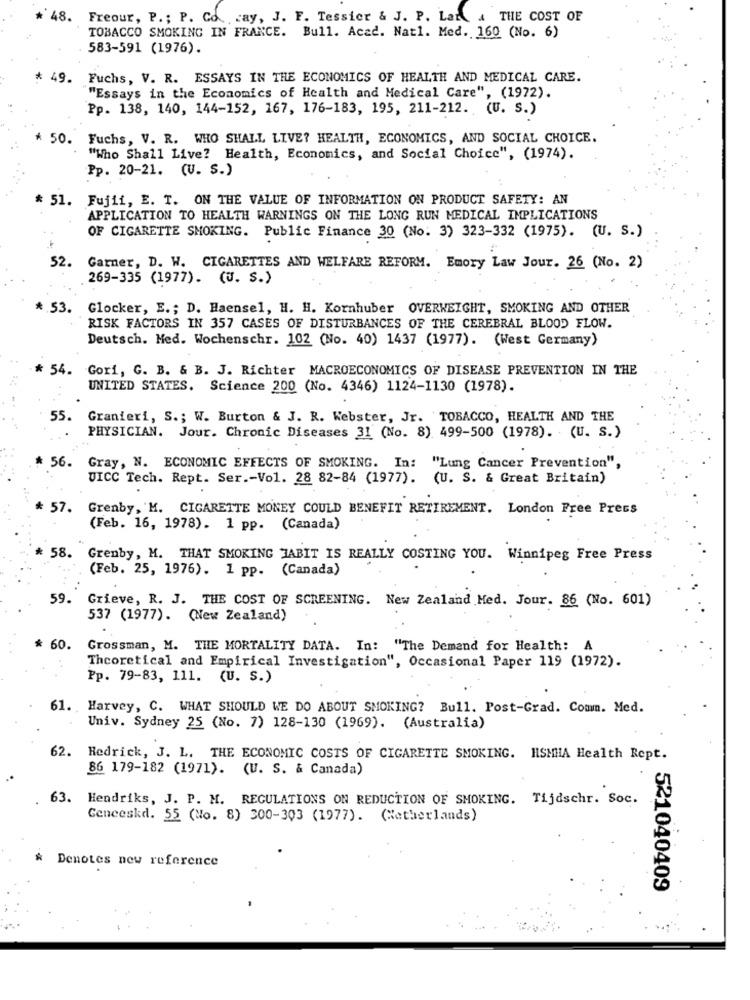
* 48. Freour, P .; P. Co ., cay, J. F. Tessier & J. P. Lar & THE COST OF
TOBACCO SMOKING IN FRANCE. Bull. Acad. Natl. Med. 160 (No. 6)
583-591 (1976).
* 49. Fuchs, V. R. ESSAYS IN THE ECONOMICS OF HEALTH AND MEDICAL CARE.
"Essays in the Economics of Health and Medical Care", (1972).
Pp. 138, 140, 144-152, 167, 176-183, 195, 211-212. (U. S.)
* 50. Fuchs, V. R. WHO SHALL LIVE? HEALTH, ECONOMICS, AND SOCIAL CHOICE.
"Who Shall Live? Health, Economics, and Social Choice", (1974).
Pp. 20-21. (U. S.)
51. Fujii, E. T. ON THE VALUE OF INFORMATION ON PRODUCT SAFETY: AN
APPLICATION TO HEALTH WARNINGS ON THE LONG RUN MEDICAL IMPLICATIONS
OF CIGARETTE SMOKING. Public Finance 30 (No. 3) 323-332 (1975). (U. S.)
52.
Garner, D. W. CIGARETTES AND WELFARE REFORM. Emory Law Jour. 26 (No. 2)
269-335 (1977). (J. S.)
* 53.
Glocker, E .; D. Haensel, H. H. Kornhuber OVERWEIGHT, SMOKING AND OTHER
RISK FACTORS IN 357 CASES OF DISTURBANCES OF THE CEREBRAL BLOOD FLOW.
Deutsch. Med. Wochenschr. 102 (No. 40) 1437 (1977). (West Germany)
54. Gori, G. B. & B. J. Richter MACROECONOMICS OF DISEASE PREVENTION IN THE
UNITED STATES. Science 200 (No. 4346) 1124-1130 (1978).
55. Granieri, S .; W. Burton & J. R. Webster, Jr. TOBACCO, HEALTH AND THE
PHYSICIAN. Jour. Chronic Diseases 31 (No. 8) 499-500 (1978). (U. S.)
56. Gray, N. ECONOMIC EFFECTS OF SMOKING. In: "Lung Cancer Prevention",
UICC Tech. Rept. Ser .- Vol. 28 82-84 (1977). (U. S. & Great Britain)
* 57. Grenby, M. CIGARETTE MONEY COULD BENEFIT RETIREMENT. London Free Press
(Feb. 16, 1978). 1 pp. (Canada)
* 58. Grenby, M. THAT SMOKING HABIT IS REALLY COSTING YOU. Winnipeg Free Press
(Feb. 25, 1976). 1 pp. (Canada)
59.
Grieve, R. J. THE COST OF SCREENING. New Zealand Med. Jour. 86 (No. 601)
537 (1977). (New Zealand)
60.
Grossman, M. THE MORTALITY DATA. In: "The Demand for Health: A
Theoretical and Empirical Investigation", Occasional Paper 119 (1972).
Pp. 79-83, 111. (U. S.)
61. Harvey, C. WHAT SHOULD WE DO ABOUT SMOKING? Bull. Post-Grad. Comm. Med.
Univ. Sydney 25 (No. 7) 128-130 (1969). (Australia)
62.
Redrick, J. L. THE ECONOMIC COSTS OF CIGARETTE SMOKING. HSMHIA Health Rept.
86 179-182 (1971). (U. S. & Canada)
63. Hendriks, J. P. M. REGULATIONS ON REDUCTION OF SMOKING. Tijdschr. Soc.
Geneeskd. 55 (No. 8) 300-303 (1977). (Netherlands)
Denotes new reference
521040409